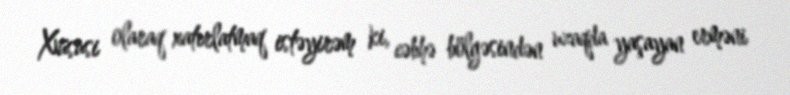
Xüsusi olaraq xatırlatmaq istəyirəm ki, cəbhə bölgəsindən uzaqda yaşayan erməni